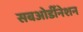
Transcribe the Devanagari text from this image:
सबओर्डीनेशन